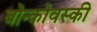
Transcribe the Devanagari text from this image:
बोन्कोवस्की